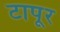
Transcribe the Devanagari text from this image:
टापूर